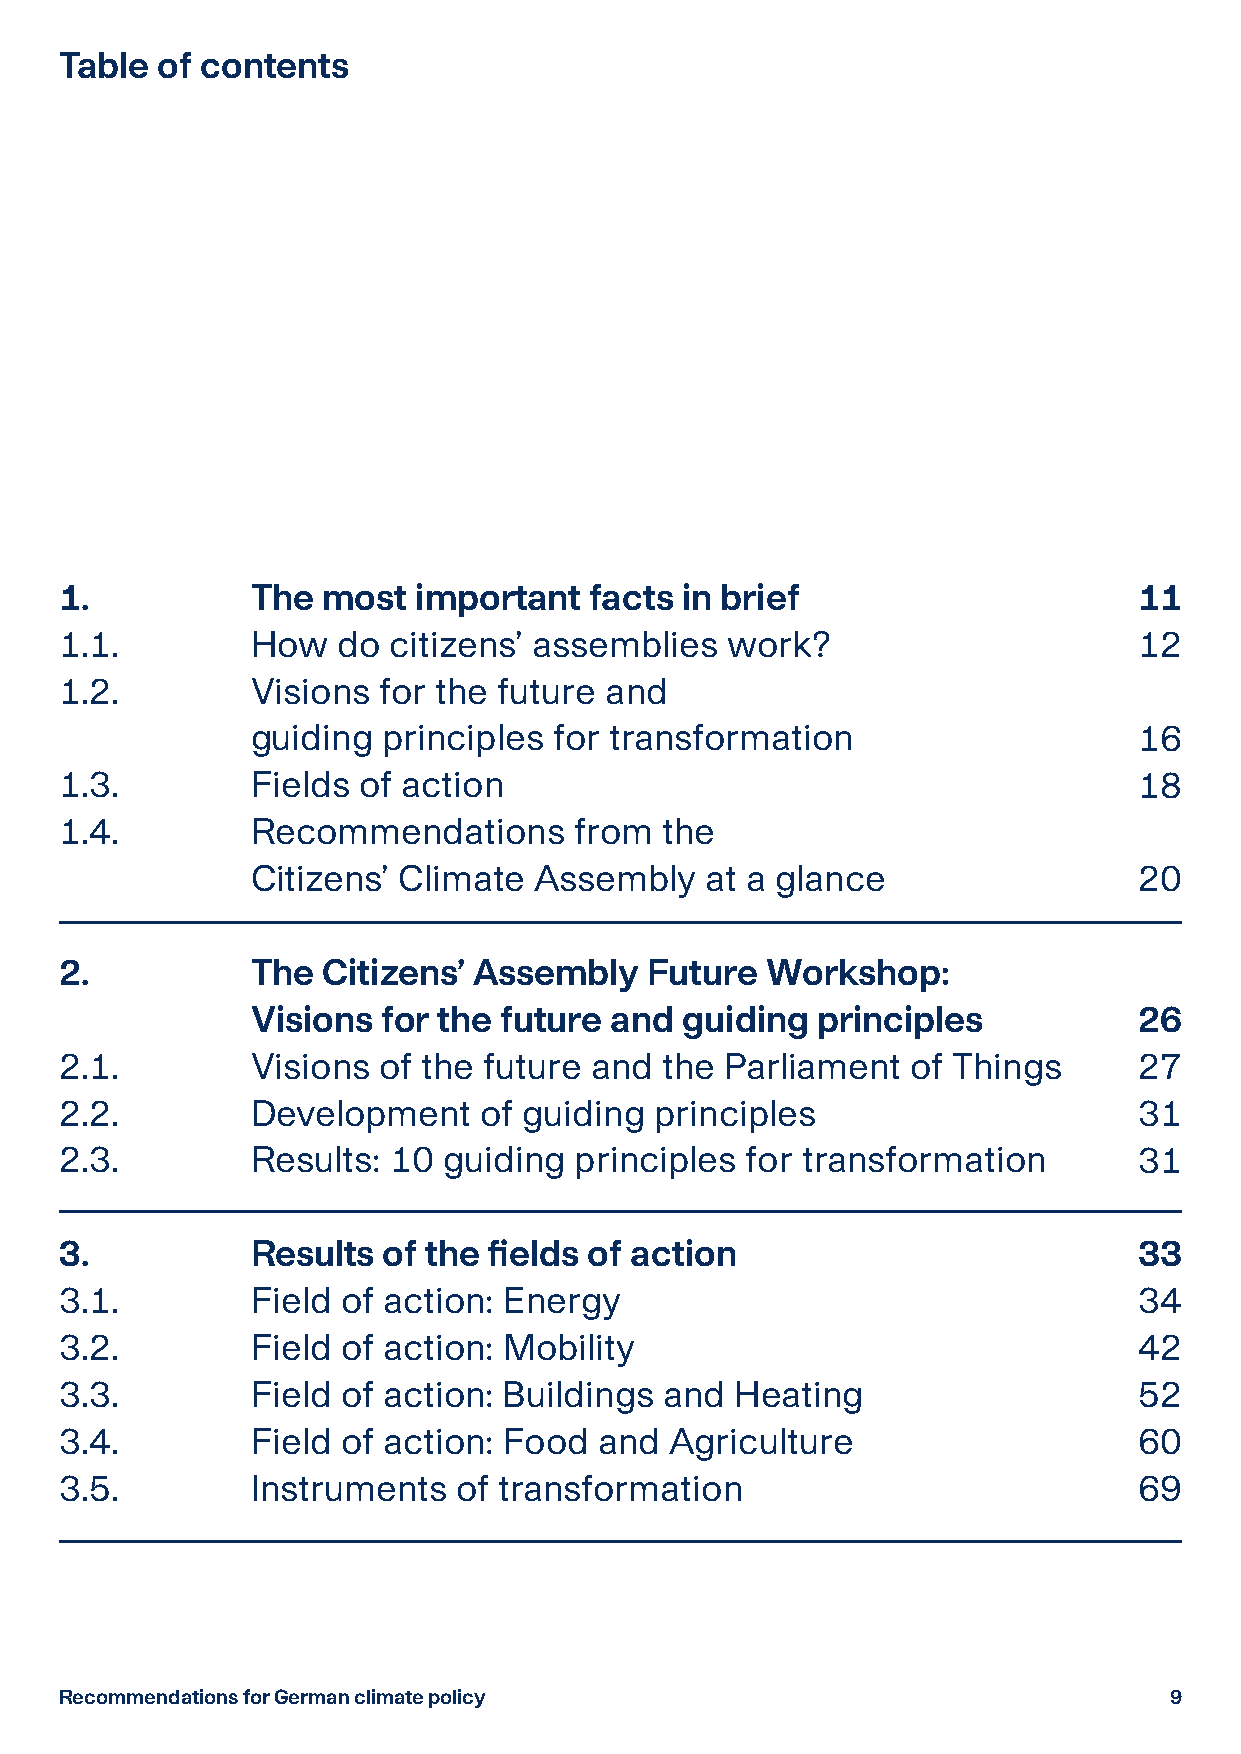
Table of contents
 1.           The most  important   facts in brief                      11
 1.1.         How  do  citizens’ assemblies  work?                      12
 1.2.         Visions for the future and
 guiding principles  for transformation                    16
 1.3.         Fields of action                                          18
 1.4.         Recommendations      from  the
 Citizens’ Climate Assembly    at a glance                 20
 2.           The Citizens’ Assembly    Future  Workshop:
 Visions for the future and  guiding  principles           26
 2.1.         Visions of the future and  the Parliament  of Things      27
 2.2.         Development    of guiding principles                      31
 2.3.         Results: 10 guiding  principles for transformation        31
 3.           Results of the fields of action                           33
 3.1.         Field of action: Energy                                   34
 3.2.         Field of action: Mobility                                 42
 3.3.         Field of action: Buildings and  Heating                   52
 3.4.         Field of action: Food  and Agriculture                    60
 3.5.         Instruments  of transformation                            69
 Recommendations for German climate policy                                9